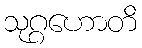
သုဂ္ဂဟောတိ